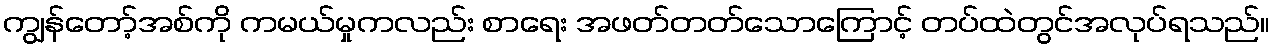
ကျွန်တော့်အစ်ကို ကမယ်မှုကလည်း စာရေး အဖတ်တတ်သောကြောင့် တပ်ထဲတွင်အလုပ်ရသည်။